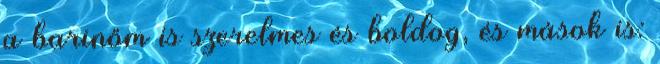
a barinőm is szerelmes és boldog, és mások is: